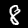
Digit: 8